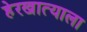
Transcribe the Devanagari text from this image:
हेरखात्याला